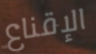
الإقناع